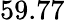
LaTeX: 59.77